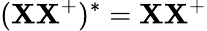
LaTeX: (\mathbf{X}\mathbf{X}^{+})^{*}=\mathbf{X}\mathbf{X}^{+}